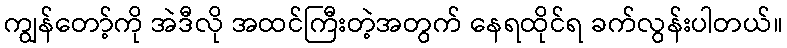
ကျွန်တော့်ကို အဲဒီလို အထင်ကြီးတဲ့အတွက် နေရထိုင်ရ ခက်လွန်းပါတယ်။